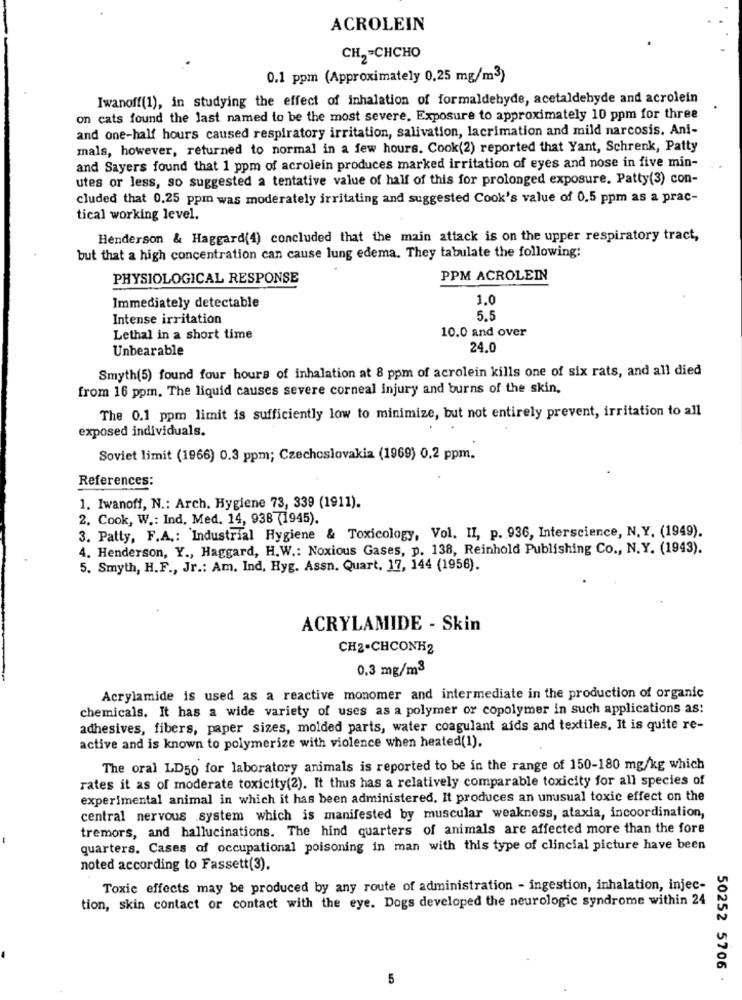
ACROLEIN
CH2 =CHCHO
0.1 ppm (Approximately 0,25 mg/m3)
Iwanoff(1), in studying the effect of inhalation of formaldehyde, acetaldehyde and acrolein
on cats found the last named to be the most severe. Exposure to approximately 10 ppm for three
and one-half hours caused respiratory irritation, salivation, lacrimation and mild narcosis. Ani-
mals, however, returned to normal in a few hours. Cook(2) reported that Yant, Schrenk, Patty
and Sayers found that 1 ppm of acrolein produces marked irritation of eyes and nose in five min-
utes or less, so suggested a tentative value of half of this for prolonged exposure. Patty(3) con-
cluded that 0.25 ppm was moderately irritating and suggested Cook's value of 0.5 ppm as a prac-
tical working level.
Henderson & Haggard(4) concluded that the main attack is on the upper respiratory tract,
but that a high concentration can cause lung edema. They tabulate the following:
PHYSIOLOGICAL RESPONSE
PPM ACROLEIN
1.0
Immediately detectable
Intense irritation
5.5
10.0 and over
Lethal in a short time
Unbearable
24.0
Smyth(5) found four hours of inhalation at 8 ppm of acrolein kills one of six rats, and all died
from 16 ppm. The liquid causes severe corneal injury and burns of the skin.
The 0.1 ppm limit is sufficiently low to minimize, but not entirely prevent, irritation to all
exposed individuals.
Soviet limit (1966) 0.3 ppm; Czechoslovakia (1969) 0.2 ppm.
References:
1. Iwanoff, N .: Arch. Hygiene 73, 339 (1911).
2. Cook, W .: Ind. Med. 14, 938 (1945).
3. Patty, F.A .: Industrial Hygiene & Toxicology, Vol. II, p. 936, Interscience, N. Y. (1949).
4. Henderson, Y ., Haggard, H.W .: Noxious Gases, p. 138, Reinhold Publishing Co ., N.Y. (1943).
5. Smyth, H.F ., Jr .: Am. Ind. Hyg. Assn. Quart, 17, 144 (1956).
ACRYLAMIDE - Skin
CH2-CHCONH2
0.3 mg/m3
Acrylamide is used as a reactive monomer and intermediate in the production of organic
chemicals. It has a wide variety of uses as a polymer or copolymer in such applications as:
adhesives, fibers, paper sizes, molded parts, water coagulant aids and textiles, It is quite re-
active and is known to polymerize with violence when heated(1).
The oral LD50 for laboratory animals is reported to be in the range of 150-180 mg/kg which
rates it as of moderate toxicity(2). It thus has a relatively comparable toxicity for all species of
experimental animal in which it has been administered. It produces an unusual toxic effect on the
central nervous system which is manifested by muscular weakness, ataxia, incoordination,
tremors, and hallucinations. The hind quarters of animals are affected more than the fore
quarters. Cases of occupational poisoning in man with this type of clincial picture have been
noted according to Fassett(3),
Toxic effects may be produced by any route of administration - ingestion, inhalation, injec-
tion, skin contact or contact with the eye. Dogs developed the neurologic syndrome within 24
5
50252 5706 .